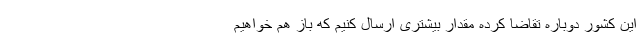
این کشور دوباره تقاضا کرده مقدار بیشتری ارسال کنیم که باز هم خواهیم